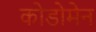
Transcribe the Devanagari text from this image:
कोडोमेन